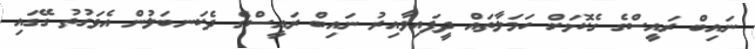
ނައިބް ރައީސްގެ ގެކޮޅަށް ހަމަލާތައް ދީފައިވާއިރު ނައިބް ރައީސްގެ ދެކަނބަލުން އެވަގުތު ގޭގައި